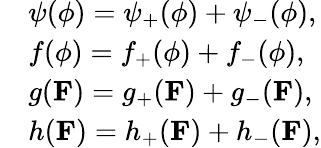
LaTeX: \begin{array}{rl}&{\psi(\phi)=\psi_{+}(\phi)+\psi_{-}(\phi),}\\ &{f(\phi)=f_{+}(\phi)+f_{-}(\phi),}\\ &{g(\mathbf{F})=g_{+}(\mathbf{F})+g_{-}(\mathbf{F}),}\\ &{h(\mathbf{F})=h_{+}(\mathbf{F})+h_{-}(\mathbf{F}),}\end{array}